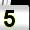
Digit: 5